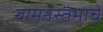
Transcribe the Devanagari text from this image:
वामनस्तंभाचे